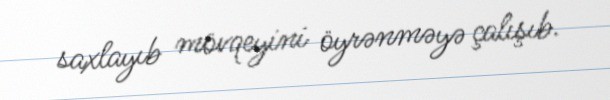
saxlayıb mövqeyini öyrənməyə çalışıb.